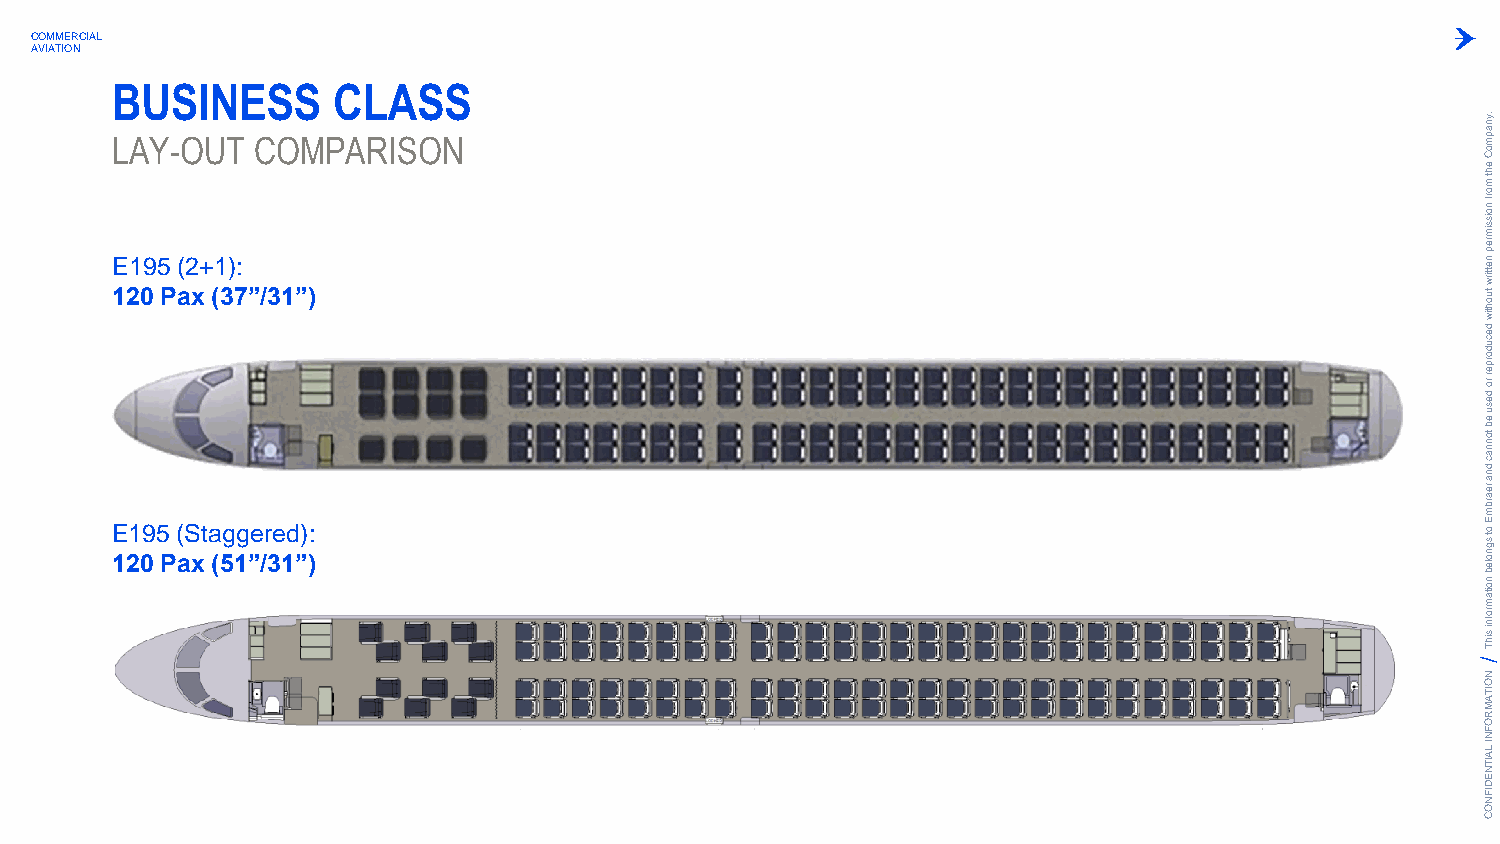
COMMERCIAL
 AVIATION
 BUSINESS       CLASS
 LAY-OUT   COMPARISON
 .ynapm
 oC
 eht
 m
 orf
 noissim
 rep
 E195 (2+1):                                                                                nettirw
 120 Pax (37”/31”)                                                                          tuohtiw
 decudorper
 ro
 desu
 eb
 tonnac
 dna
 rearbm
 E
 E 121 09 5
 P
 ( aS xt a (5g 1g ”e /r 3e 1d ”) ):                                                    ot
 sgnoleb
 noitam
 rofni
 sihT
 N
 O
 ITA
 M
 R
 O
 F
 N
 I LA
 IT
 N
 E
 D
 IF
 N
 O
 C